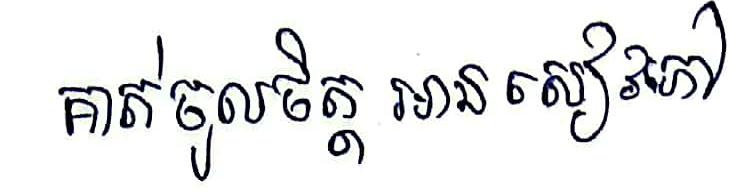
គាត់ចូលចិត្ត អានសៀវភៅ